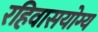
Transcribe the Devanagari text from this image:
रहिवासयोग्य